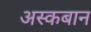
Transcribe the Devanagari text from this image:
अस्कबान